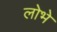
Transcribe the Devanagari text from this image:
लोभे